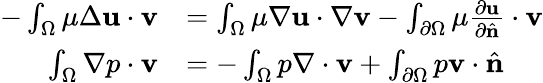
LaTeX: {\begin{array}{rl}{-\int_{\Omega}\mu\Delta\mathbf{u}\cdot\mathbf{v}}&{=\int_{\Omega}\mu\nabla\mathbf{u}\cdot\nabla\mathbf{v}-\int_{\partial\Omega}\mu{\frac{\partial\mathbf{u}}{\partial{\hat{\mathbf{n}}}}}\cdot\mathbf{v}}\\ {\int_{\Omega}\nabla p\cdot\mathbf{v}}&{=-\int_{\Omega}p\nabla\cdot\mathbf{v}+\int_{\partial\Omega}p\mathbf{v}\cdot{\hat{\mathbf{n}}}}\end{array}}